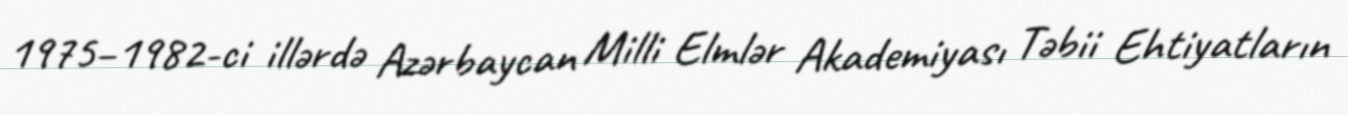
1975–1982-ci illərdə Azərbaycan Milli Elmlər Akademiyası Təbii Ehtiyatların